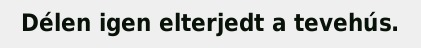
Délen igen elterjedt a tevehús.